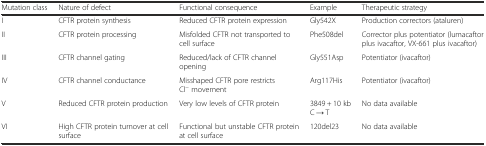
<table><thead><tr><td><b>Mutation class</b></td><td><b>Nature of defect</b></td><td><b>Functional consequence</b></td><td><b>Example</b></td><td><b>Therapeutic strategy</b></td></tr></thead><tbody><tr><td>I</td><td>CFTR protein synthesis</td><td>Reduced CFTR protein expression</td><td>Gly542X</td><td>Production correctors (ataluren)</td></tr><tr><td>II</td><td>CFTR protein processing</td><td>Misfolded CFTR not transported to cell surface</td><td>Phe508del</td><td>Corrector plus potentiator (lumacaftor plus ivacaftor, VX-661 plus ivacaftor)</td></tr><tr><td>III</td><td>CFTR channel gating</td><td>Reduced/lack of CFTR channel opening</td><td>Gly551Asp</td><td>Potentiator (ivacaftor)</td></tr><tr><td>IV</td><td>CFTR channel conductance</td><td>Misshaped CFTR pore restricts Cl<sup>−</sup> movement</td><td>Arg117His</td><td>Potentiator (ivacaftor)</td></tr><tr><td>V</td><td>Reduced CFTR protein production</td><td>Very low levels of CFTR protein</td><td>3849 + 10 kb C → T</td><td>No data available</td></tr><tr><td>VI</td><td>High CFTR protein turnover at cell surface</td><td>Functional but unstable CFTR protein at cell surface</td><td>120del23</td><td>No data available</td></tr></tbody></table>